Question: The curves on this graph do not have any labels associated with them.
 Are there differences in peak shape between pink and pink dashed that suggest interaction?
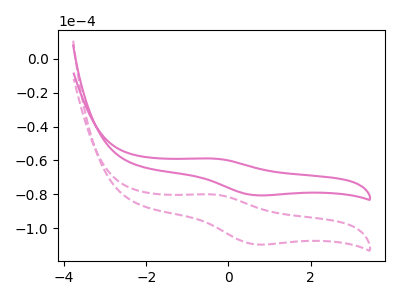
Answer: <think>The pink curve "pink" has an anodic peak at (-0.40V, -58.85uA) and a cathodic peak at (0.65V, -80.55uA). The pink dashed curve "pink dashed" has an anodic peak at (-0.40V, -80.10uA) and a cathodic peak at (0.65V, -109.60uA).
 All the peaks in "pink" have a peak in "pink dashed" at the same potential.</think>
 <answer>No, "pink" and "pink dashed" don't appear to be significantly different in shape</answer>
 <eval>no_change</eval>